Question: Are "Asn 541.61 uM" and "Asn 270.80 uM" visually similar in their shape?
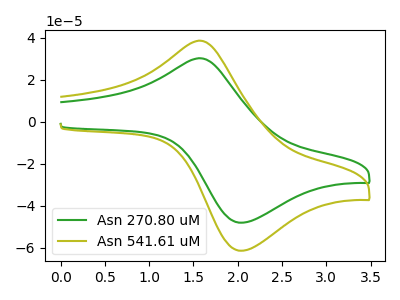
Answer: <think>The green curve "Asn 270.80 uM" has an anodic peak at (1.55V, 30.15uA) and a cathodic peak at (2.05V, -48.10uA). The olive curve "Asn 541.61 uM" has an anodic peak at (1.55V, 38.50uA) and a cathodic peak at (2.05V, -61.45uA).
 All the peaks in "Asn 541.61 uM" have a peak in "Asn 270.80 uM" at the same potential. Every peak in "Asn 541.61 uM" is higher than every peak in "Asn 270.80 uM".</think>
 <answer>"Asn 541.61 uM" and "Asn 270.80 uM" are similar in shape.</answer>
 <eval>same_shape</eval>